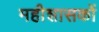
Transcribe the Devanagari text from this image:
महीशासकों